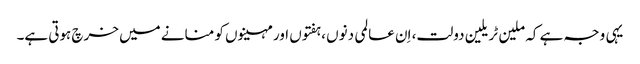
یہی وجہ ہے کہ ملین ٹریلین دولت، اِن عالمی دنوں ،ہفتوں اور مہینوں کو منانے میں خرچ ہوتی ہے۔